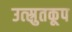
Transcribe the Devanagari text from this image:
उत्स्रुतकूप